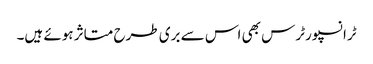
ٹرانسپورٹرس بھی اس سے بری طرح متاثر ہوئے ہیں۔